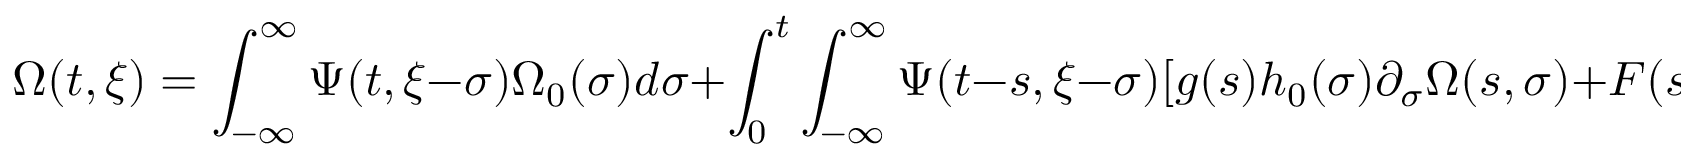
\Omega ( t , \xi ) = \int _ { - \infty } ^ { \infty } \Psi ( t , \xi - \sigma ) \Omega _ { 0 } ( \sigma ) d \sigma + \int _ { 0 } ^ { t } \int _ { - \infty } ^ { \infty } \Psi ( t - s , \xi - \sigma ) [ g ( s ) h _ { 0 } ( \sigma ) \partial _ { \sigma } \Omega ( s , \sigma ) + F ( s , \sigma ) ] d \sigma d s ,